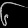
Digit: ၆